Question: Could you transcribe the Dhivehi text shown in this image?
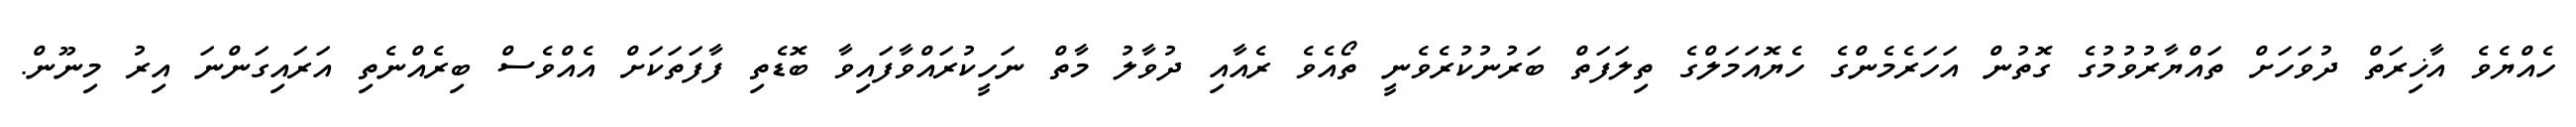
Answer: ހެއްޔެވެ އާޚިރަތް ދުވަހަށް ތައްޔާރުވުމުގެ ގޮތުން އަހަރެމެންގެ ހެޔޮއަމަލްގެ ތިލަފަތް ބަރުނުކުރެވެނީ ތޯއެވެ ރެއާއި ދުވާލު މާތް ނަހީކުރައްވާފައިވާ ބޮޑެތި ފާފަތަކަށް އެއްވެސް ބިރެއްނެތި އަރައިގަންނަ އިރު މިނޫން.